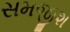
સમજીશ